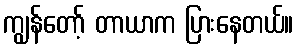
ကျွန်တော့် တာယာက ပြားနေတယ်။